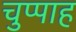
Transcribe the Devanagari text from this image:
चुप्पाह